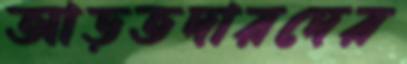
আড়তদারদের